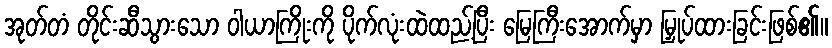
အုတ်တံ တိုင်းဆီသွားသော ဝါယာကြိုးကို ပိုက်လုံးထဲထည့်ပြီး မြေကြီးအောက်မှာ မြှုပ်ထားခြင်းဖြစ်၏။